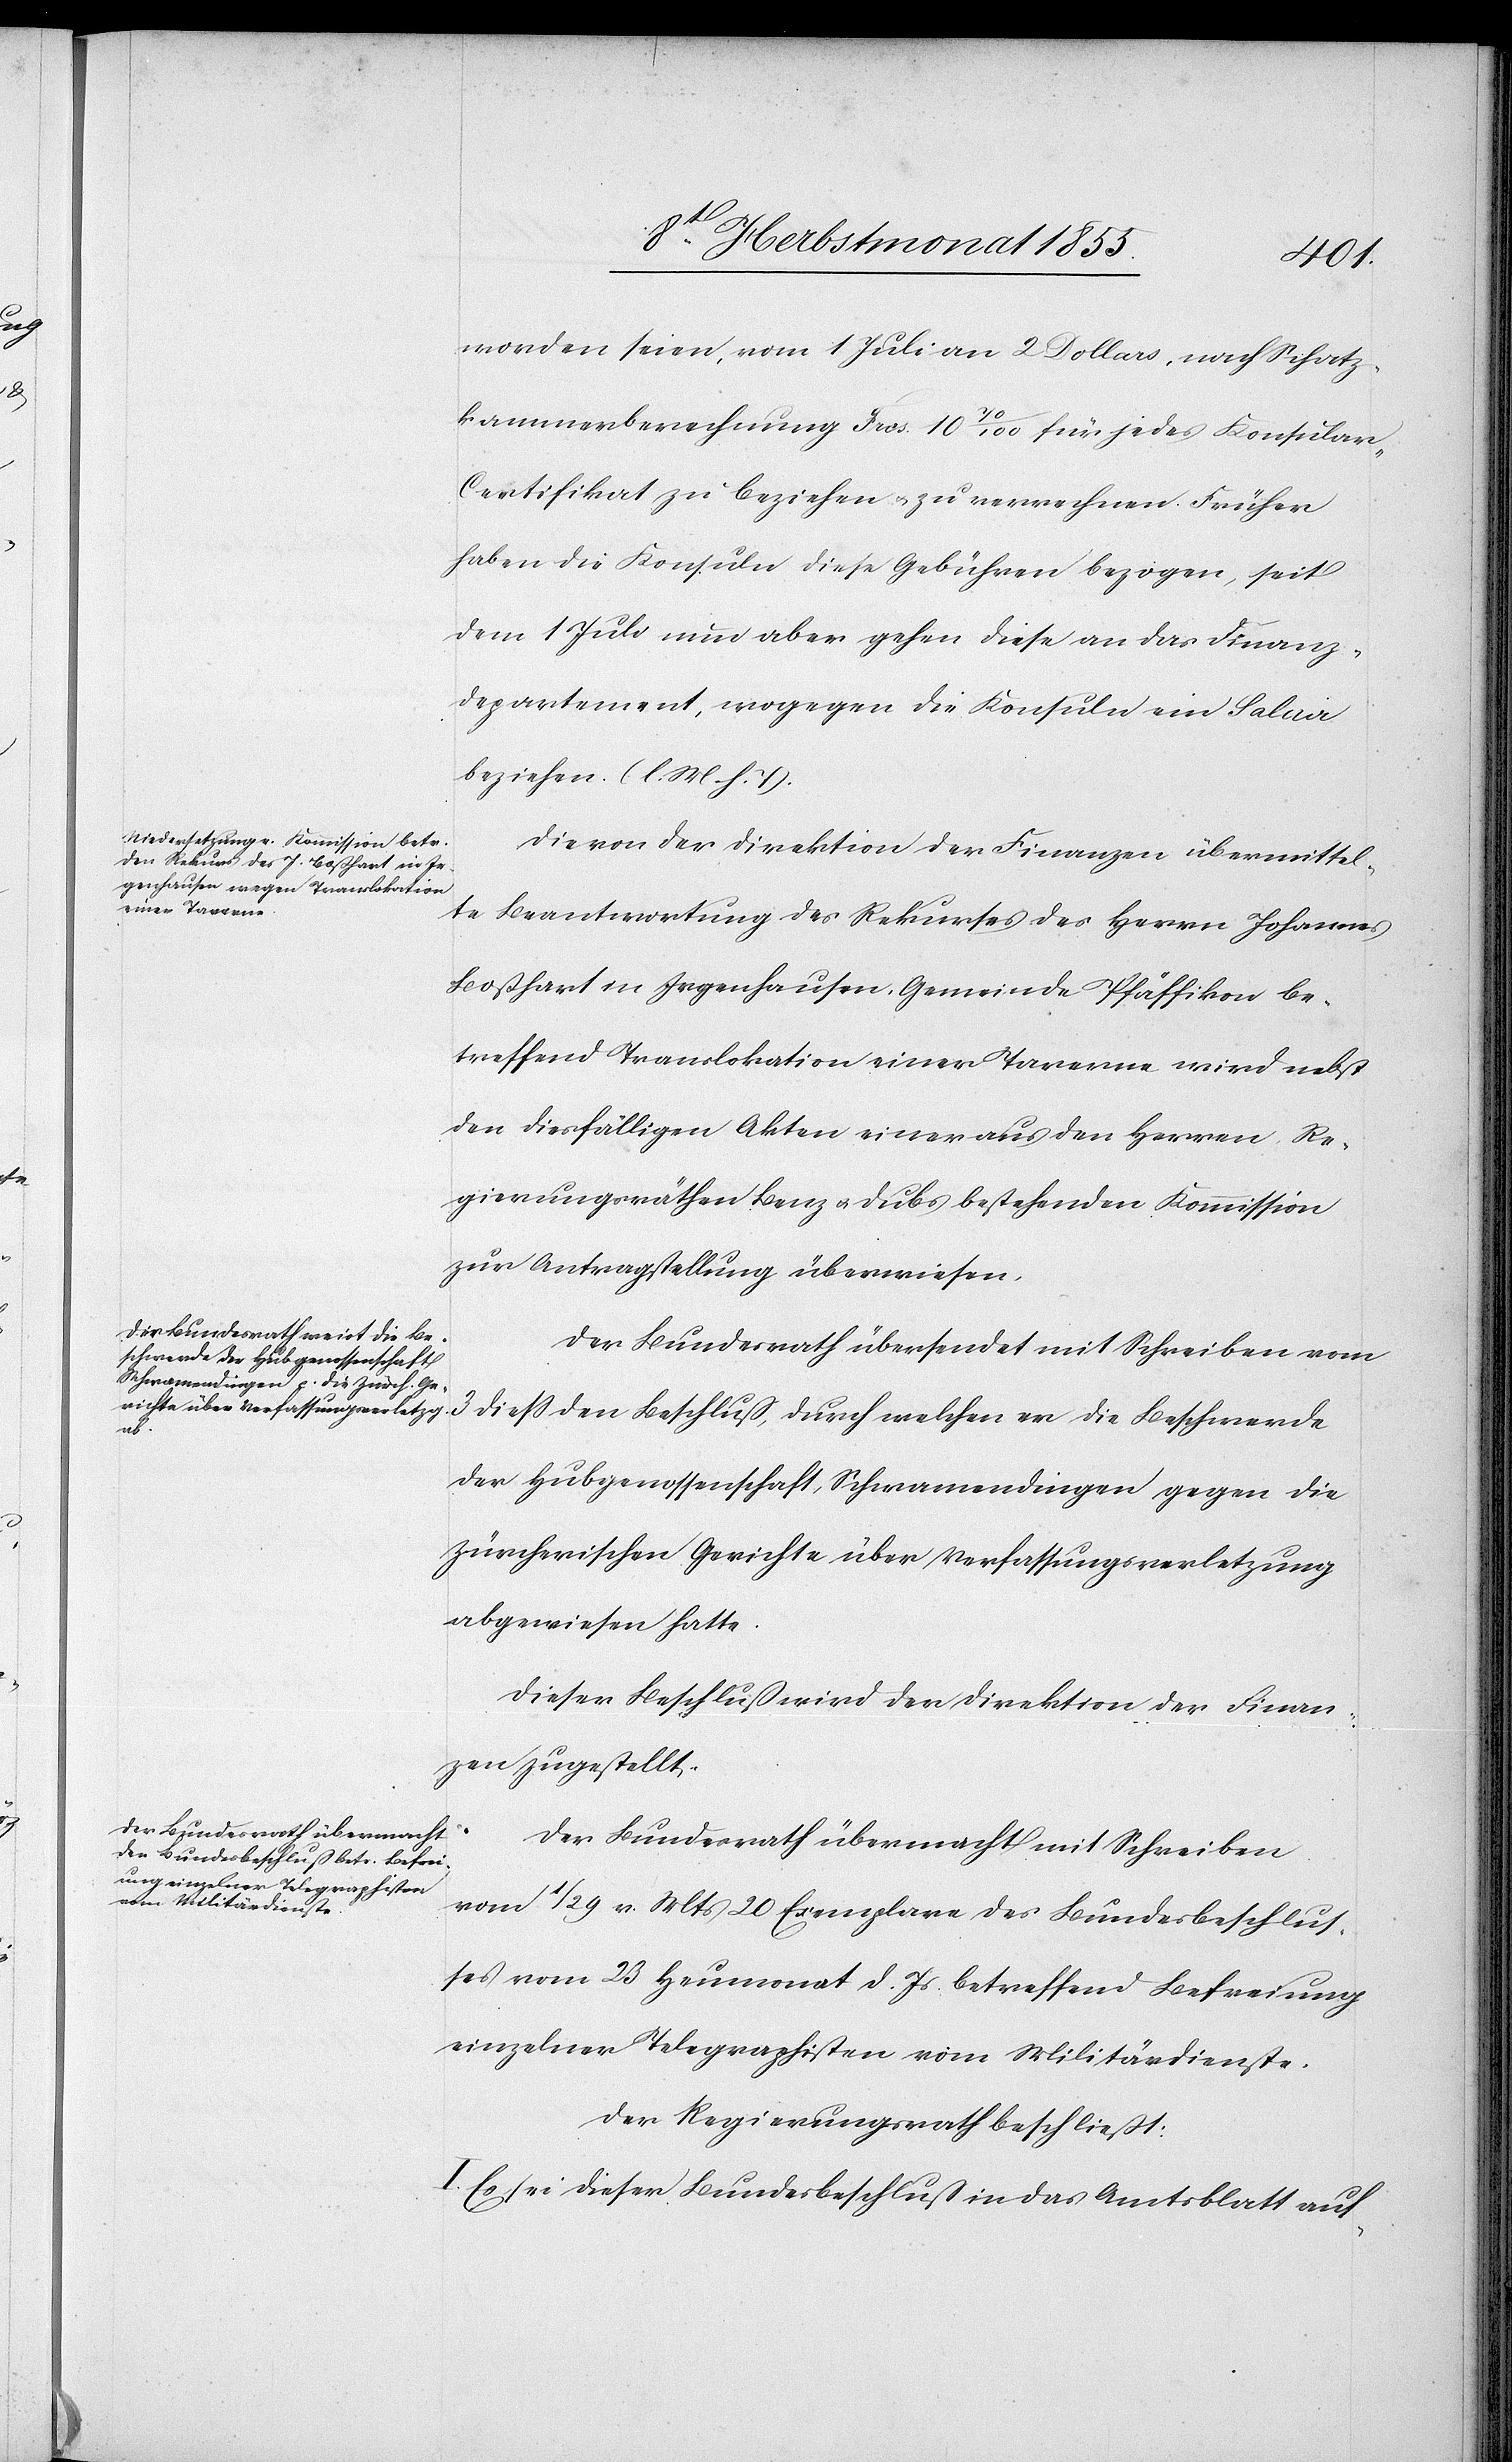
worden seien, vom 1 Juli an 2 Dollars, nach Schatz¬
kammerberechnung Frcs. 10 70/100 für jedes Konsula¬
r-Certifikat zu beziehen & zu verrechnen. Früher
haben die Konsuln diese Gebühren bezogen, seit
dem 1 Juli nun aber gehen diese an das Finanz¬
departement, wogegen die Konsuln ein Salair
beziehen. (l. M. h. T).
Die von der Direktion der Finanzen übermittel¬
te Beantwortung des Rekurses des Herrn Johannes
Boßhart in Irgenhausen, Gemeinde Pfäffikon be¬
treffend Translokation einer Taverne wird nebst
den diesfälligen Akten einer aus den Herren Re¬
gierungsräthen Benz & Dubs bestehenden Kommission
zur Antragstellung überwiesen.
Der Bundesrath übersendet mit Schreiben vom
diess den Beschluß, durch welchen er die Beschwerde
der Hubgenossenschaft, Schwamendingen gegen die
Zürcherischen Gerichte über Verfassungsverletzung
abgewiesen hatte.
Dieser Beschluß wird der Direktion der Finan¬
zen zugestellt.
Der Bundesrath übermacht mit Schreiben
vom 1 / 29 v. Mts 20 Exemplare des Bundesbeschlus¬
ses vom 23 Heumonat d. Js. betreffend Befreiung
einzelner Telegraphisten vom Militärdienste.
Der Regierungsrath beschließt:
I. Es sei dieser Bundesbeschluß in das Amtsblatt auf-